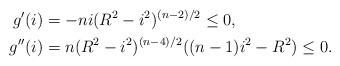
LaTeX: \begin{align*}g'(i)&= -ni(R^{2}-i^{2})^{(n-2)/2} \leq 0, \\g''(i) &= n(R^{2}-i^{2})^{(n-4)/2} ((n-1)i^{2} - R^{2}) \leq 0. \end{align*}